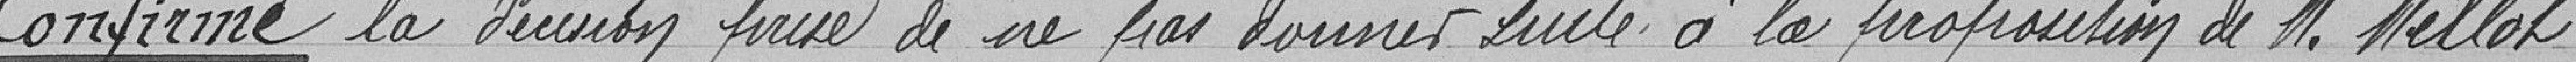
Confirme la décision prise de ne pas donner suite à la proposition de Monsieur Millot